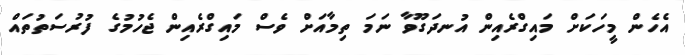
އެހެން މީހަކަށް މައިގްރެއިން އުނދަގޫވާ ނަމަ ތިމާއަށް ވެސް މައިގްރެއިން ޖެހުމުގެ ފުރުސަތުތައް